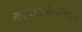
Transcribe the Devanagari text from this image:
मनुष्यशरीररचनाशास्त्र